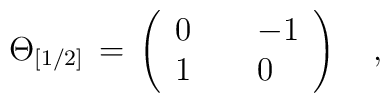
\Theta_{[1/2]}\,=\,\left(\begin{array}{lll}0&{\,\,}&-1\\1&{\,\,}&0\end{array}\right)\quad,